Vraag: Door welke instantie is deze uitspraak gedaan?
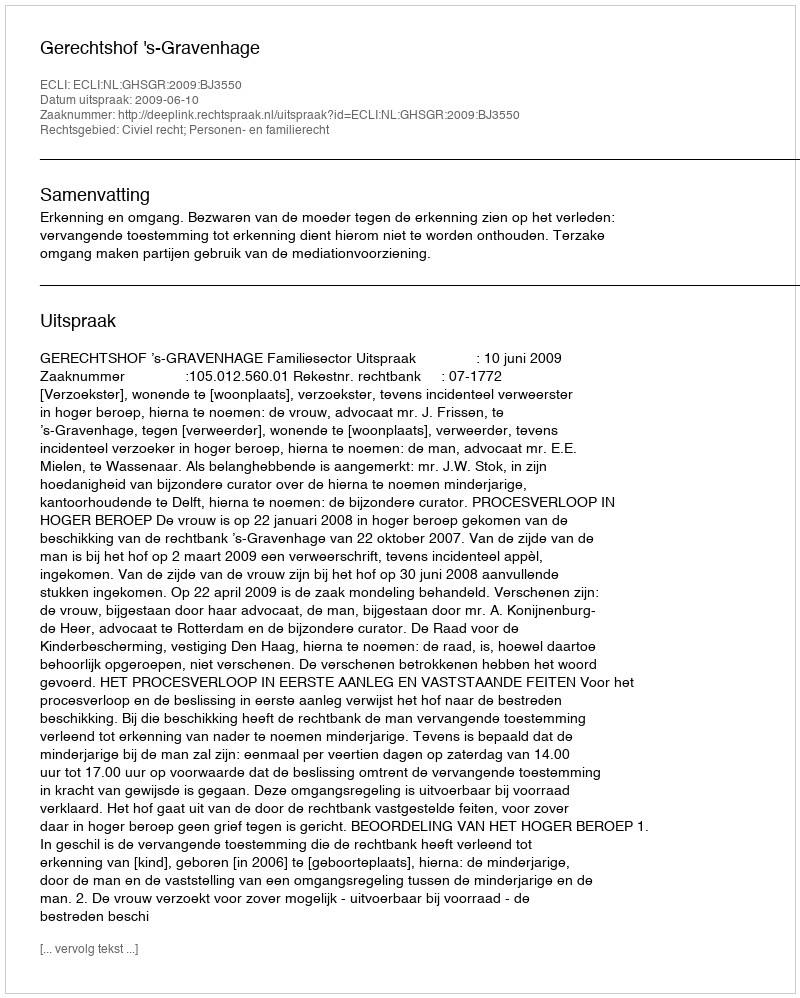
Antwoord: Gerechtshof 's-Gravenhage